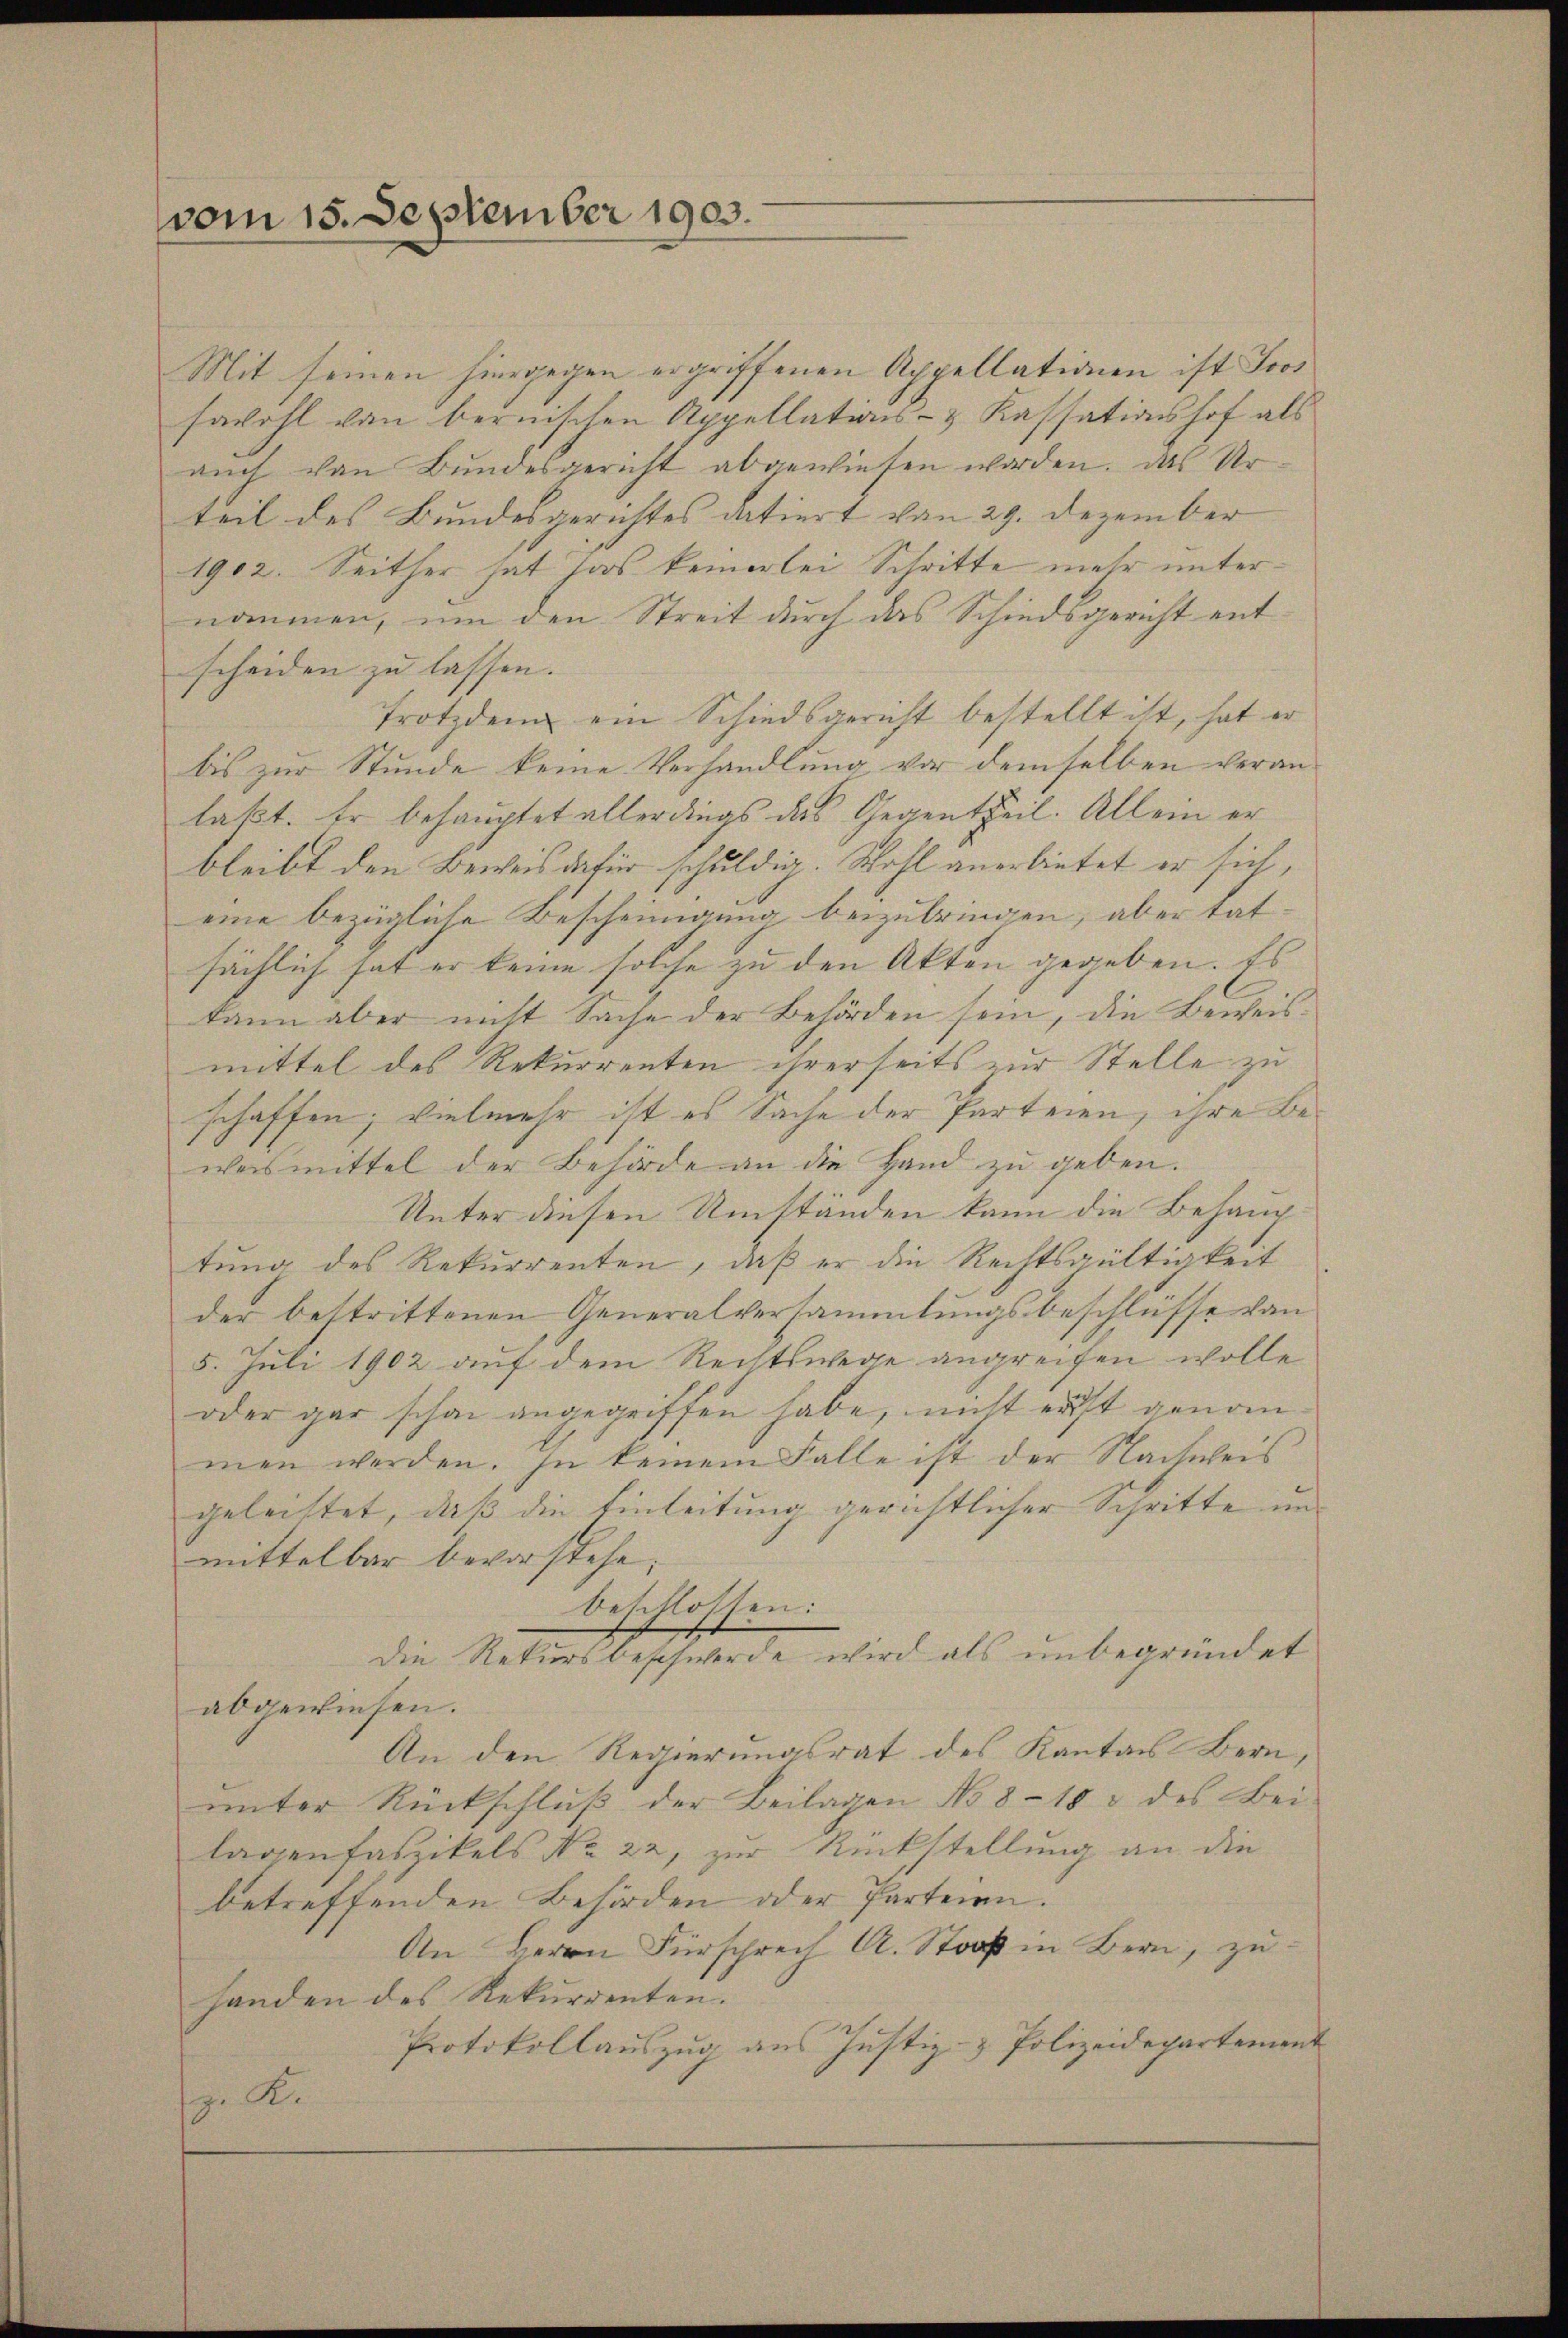
vom 15. September 1903.

Mit seinen hiergegen ergriffenen Appellationen ist Jos
sawohl von bernischen Appellations- & Kassationshof als
auch von Bundesgericht abgewiesen worden. Das Urteil des Bundesgerichtes datiert von 29. Dezember
1902. Seither hat Jos keinerlei Schritte mehr unternommen, um den Streit durch das Schiedsgericht entscheiden zu lassen.
Trotzdem ein Schiedsgericht bestellt ist, hat er
bis zur Stunde keine Verhandlung vor demselben veranlaßt. Er behauptet allerdings das Gegentheil. Allein er
bleibt den Beweis dafür schuldig. Wohl anerbietet er sich,
eine bezügliche Bescheinigung beizubringen, aber tat-
sächlich hat er keine solche zu den Akten gegeben. Es
kann aber nicht Sache der Behörden sein, die Beweismittel des Rekurrenten ihrerseits zur Stelle zu
schaffen; vielmehr ist es Sache der Parteien, ihre Beweismittel der Behörde an die Hand zu geben.
Unter diesen Umständen kann die Behaup
tung des Rekurrenten, daß er die Rechtsgültigkeit
der bestrittenen Generalversammlungsbeschlüsse von
5. Juli 1902 auf dem Rechtswege angreifen wolle
oder gar schon angegriffen habe, nicht erst genommen werden. In keinem Falle ist der Nachweis
geleistet, daß die Einleitung gerichtlicher Schritte unmittelbar bevorstehe.
beschlossen:
Die Rekursbeschwerde wird als unbegründet
abgewiesen.
An den Regierungsrat des Kanton Bern,
ŭnter Rückschlŭβ der Beilagen No 8-183 des Bei-
lagen faszikels No 22, zur Rückstellung an die
betreffenden Behörden oder Parteien.
An Herrn Fürsprech A. Stoß in Bern, zu
handen des Rekurrenten.
Protokollauszug aus Justiz- & Polizeidepartement
. K.